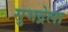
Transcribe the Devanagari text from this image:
सुभद्रेला